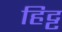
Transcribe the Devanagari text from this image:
हिट्ट